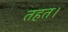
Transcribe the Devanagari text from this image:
तहत।